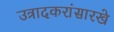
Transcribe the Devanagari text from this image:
उत्रादकरांसारखे